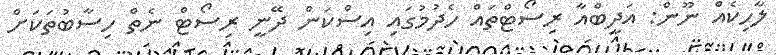
ލާހިކެއް ނޫން: އަދީބްއާ ރިސޯޓްތައް ހެދުމުގައި އިސްކަން ދޭނީ ރިސޯޓް ނެތް ހިސާބުތަކަށް